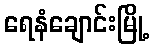
ရေနံချောင်းမြို့